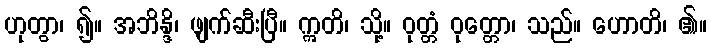
ဟုတွာ၊ ၍။ အဘိန္ဒိ၊ ဖျက်ဆီးပြီ။ ဣတိ၊ သို့။ ဝုတ္တံ ဝုတ္တော၊ သည်။ ဟောတိ၊ ၏။